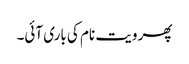
پھر ویت نام کی باری آئی۔